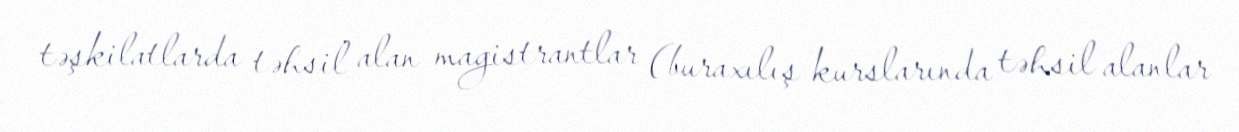
təşkilatlarda təhsil alan magistrantlar (buraxılış kurslarında təhsil alanlar